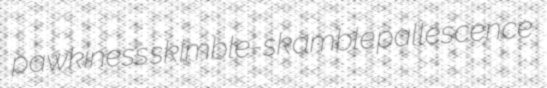
pawkiness skimble-skamble pallescence